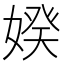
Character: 𡞳